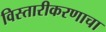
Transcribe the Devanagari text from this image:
विस्तारीकरणाचा